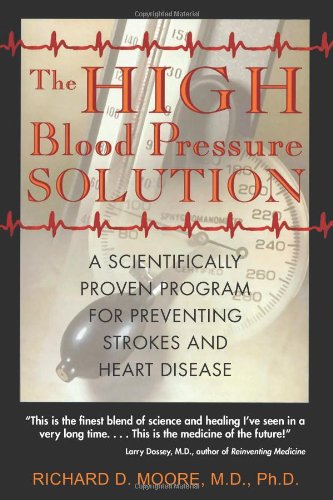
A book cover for The High Blood Pressure Solution: A Scientifically Proven Program for Preventing Strokes and Heart Disease; Richard D. Moore; Health, Fitness & Dieting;